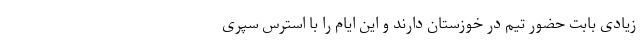
زیادی بابت حضور تیم در خوزستان دارند و این ایام را با استرس سپری